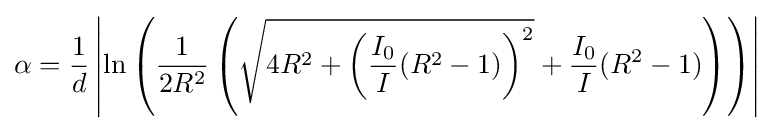
\alpha ={\frac {1}{d}}\left\vert \ln \left({\frac {1}{2R^{2}}}\left({\sqrt {4R^{2}+\left({\frac {I_{0}}{I}}(R^{2}-1)\right)^{2}}}+{\frac {I_{0}}{I}}(R^{2}-1)\right)\right)\right\vert